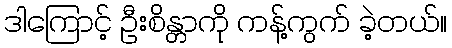
ဒါကြောင့် ဦးစိန္တာကို ကန့်ကွက် ခဲ့တယ်။